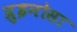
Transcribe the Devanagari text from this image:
प्रुइनोसा